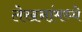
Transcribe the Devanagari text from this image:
लेखनांमध्ये